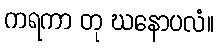
ကရကာ တု ဃနောပလံ။